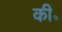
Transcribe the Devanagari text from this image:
की॰